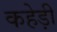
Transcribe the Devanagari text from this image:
कहेड़ी